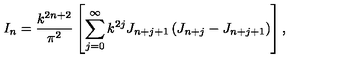
I _ { n } = \frac { k ^ { 2 n + 2 } } { \pi ^ { 2 } } \left[ \sum _ { j = 0 } ^ { \infty } k ^ { 2 j } J _ { n + j + 1 } \left( J _ { n + j } - J _ { n + j + 1 } \right) \right] ,